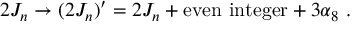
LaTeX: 2 J _ { n } \rightarrow ( 2 J _ { n } ) ^ { \prime } = 2 J _ { n } + \mathrm { e v e n \ i n t e g e r } + 3 \alpha _ { 8 } \ .